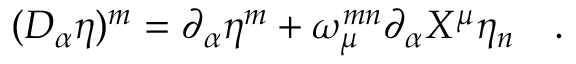
( D _ { \alpha } \eta ) ^ { m } = \partial _ { \alpha } \eta ^ { m } + \omega _ { \mu } ^ { m n } \partial _ { \alpha } X ^ { \mu } \eta _ { n } \quad .